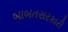
બાબતસરકારી